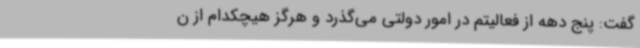
گفت: پنج دهه از فعالیتم در امور دولتی می‌گذرد و هرگز هیچکدام از ن